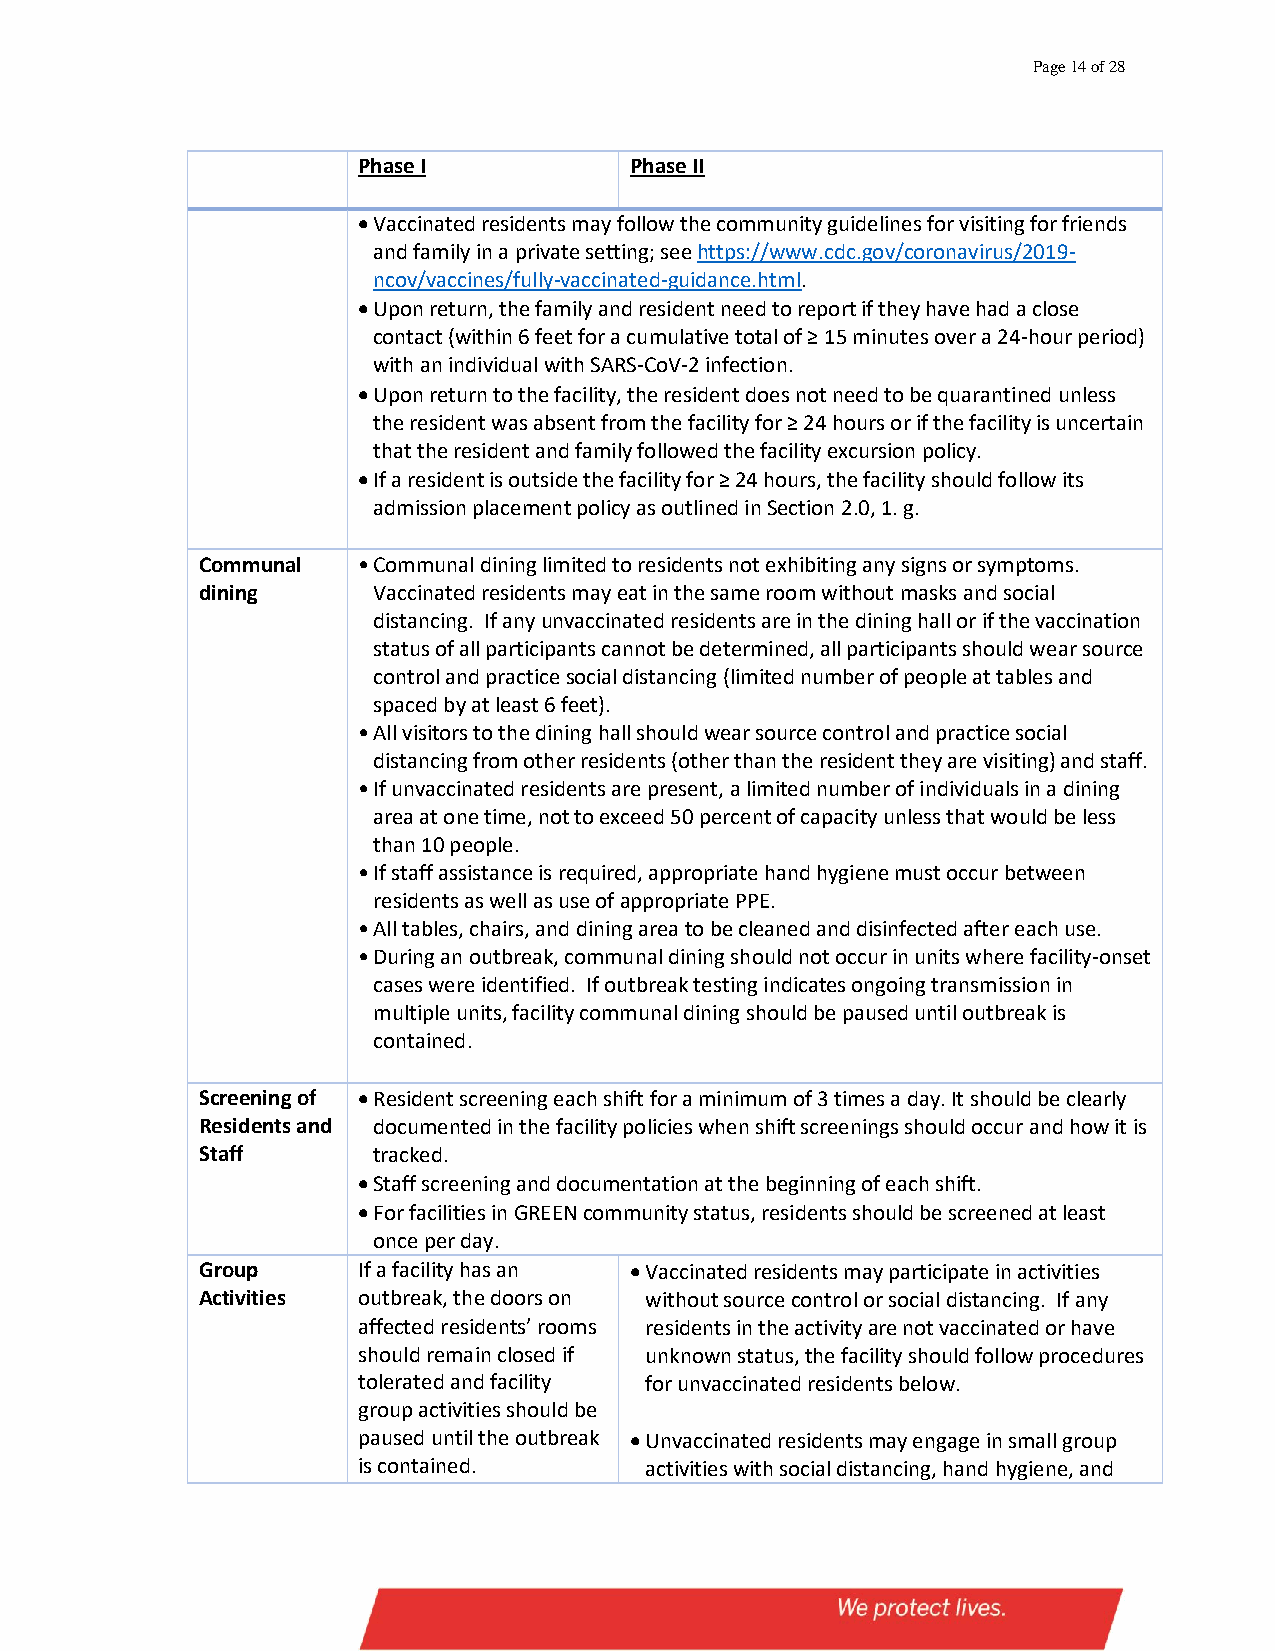
Page 14 of 28
 Phase I           Phase II
 • Vaccinated residents may follow the community guidelines for visiting for friends
 and family in a private setting; see https://www.cdc.gov/coronavirus/2019-
 ncov/vaccines/fully-vaccinated-guidance.html.
 • Upon return, the family and resident need to report if they have had a close
 contact (within 6 feet for a cumulative total of ≥ 15 minutes over a 24-hour period)
 with an individual with SARS-CoV-2 infection.
 • Upon return to the facility, the resident does not need to be quarantined unless
 the resident was absent from the facility for ≥ 24 hours or if the facility is uncertain
 that the resident and family followed the facility excursion policy.
 • If a resident is outside the facility for ≥ 24 hours, the facility should follow its
 admission placement policy as outlined in Section 2.0, 1. g.
 Communal   • Communal dining limited to residents not exhibiting any signs or symptoms.
 dining      Vaccinated residents may eat in the same room without masks and social
 distancing. If any unvaccinated residents are in the dining hall or if the vaccination
 status of all participants cannot be determined, all participants should wear source
 control and practice social distancing (limited number of people at tables and
 spaced by at least 6 feet).
 • All visitors to the dining hall should wear source control and practice social
 distancing from other residents (other than the resident they are visiting) and staff.
 • If unvaccinated residents are present, a limited number of individuals in a dining
 area at one time, not to exceed 50 percent of capacity unless that would be less
 than 10 people.
 • If staff assistance is required, appropriate hand hygiene must occur between
 residents as well as use of appropriate PPE.
 • All tables, chairs, and dining area to be cleaned and disinfected after each use.
 • During an outbreak, communal dining should not occur in units where facility-onset
 cases were identified. If outbreak testing indicates ongoing transmission in
 multiple units, facility communal dining should be paused until outbreak is
 contained.
 Screening of • Resident screening each shift for a minimum of 3 times a day. It should be clearly
 Residents and documented in the facility policies when shift screenings should occur and how it is
 Staff       tracked.
 • Staff screening and documentation at the beginning of each shift.
 • For facilities in GREEN community status, residents should be screened at least
 once per day.
 Group      If a facility has an • Vaccinated residents may participate in activities
 Activities outbreak, the doors on without source control or social distancing. If any
 affected residents’ rooms residents in the activity are not vaccinated or have
 should remain closed if unknown status, the facility should follow procedures
 tolerated and facility for unvaccinated residents below.
 group activities should be
 paused until the outbreak • Unvaccinated residents may engage in small group
 is contained.      activities with social distancing, hand hygiene, and